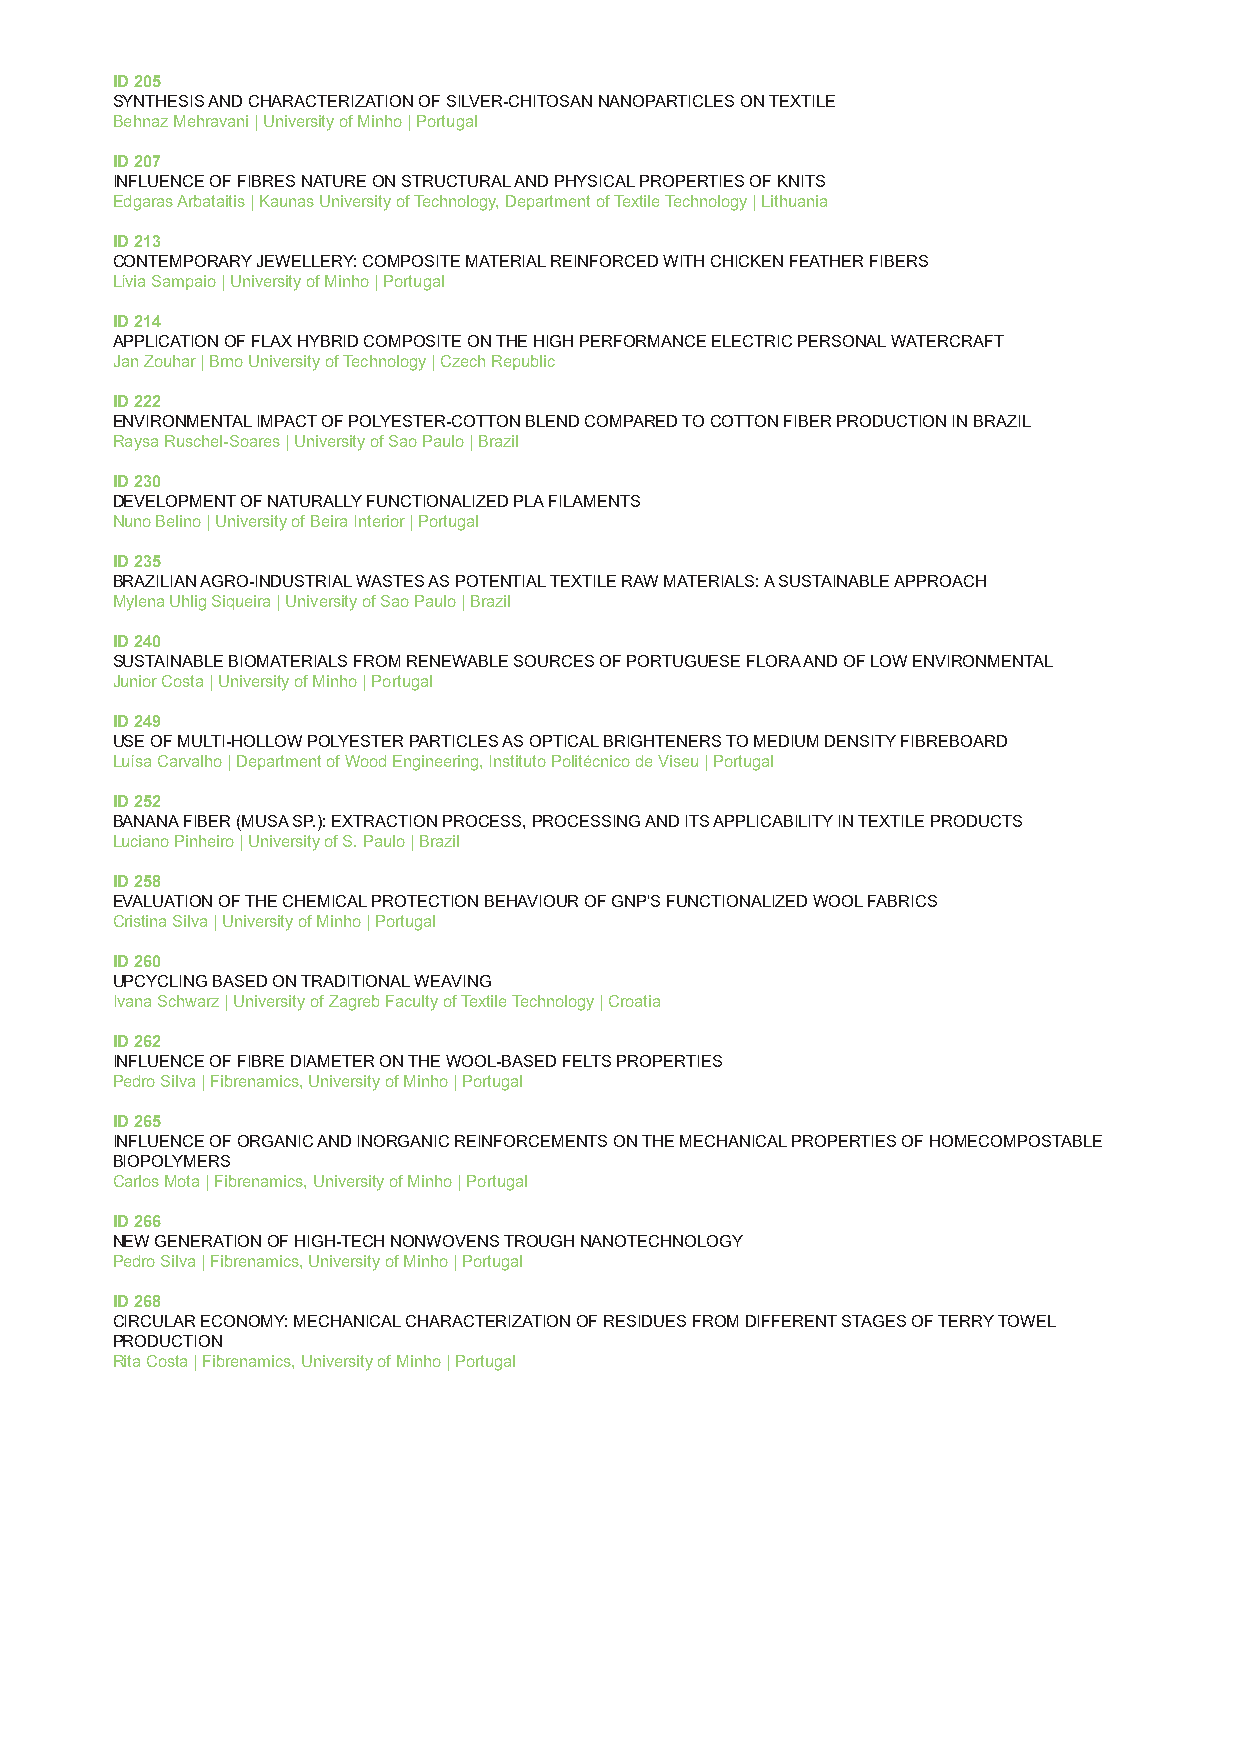
ID 205
 SYNTHESIS AND CHARACTERIZATION OF SILVER-CHITOSAN NANOPARTICLES ON TEXTILE
 Behnaz Mehravani | University of Minho | Portugal
 ID 207
 INFLUENCE OF FIBRES NATURE ON STRUCTURAL AND PHYSICAL PROPERTIES OF KNITS
 Edgaras Arbataitis | Kaunas University of Technology, Department of Textile Technology | Lithuania
 ID 213
 CONTEMPORARY JEWELLERY: COMPOSITE MATERIAL REINFORCED WITH CHICKEN FEATHER FIBERS
 Lívia Sampaio | University of Minho | Portugal
 ID 214
 APPLICATION OF FLAX HYBRID COMPOSITE ON THE HIGH PERFORMANCE ELECTRIC PERSONAL WATERCRAFT
 Jan Zouhar | Brno University of Technology | Czech Republic
 ID 222
 ENVIRONMENTAL IMPACT OF POLYESTER-COTTON BLEND COMPARED TO COTTON FIBER PRODUCTION IN BRAZIL
 Raysa Ruschel-Soares | University of Sao Paulo | Brazil
 ID 230
 DEVELOPMENT OF NATURALLY FUNCTIONALIZED PLA FILAMENTS
 Nuno Belino | University of Beira Interior | Portugal
 ID 235
 BRAZILIAN AGRO-INDUSTRIAL WASTES AS POTENTIAL TEXTILE RAW MATERIALS: A SUSTAINABLE APPROACH
 Mylena Uhlig Siqueira | University of Sao Paulo | Brazil
 ID 240
 SUSTAINABLE BIOMATERIALS FROM RENEWABLE SOURCES OF PORTUGUESE FLORA AND OF LOW ENVIRONMENTAL
 Junior Costa | University of Minho | Portugal
 ID 249
 USE OF MULTI-HOLLOW POLYESTER PARTICLES AS OPTICAL BRIGHTENERS TO MEDIUM DENSITY FIBREBOARD
 Luísa Carvalho | Department of Wood Engineering, Instituto Politécnico de Viseu | Portugal
 ID 252
 BANANA FIBER (MUSA SP.): EXTRACTION PROCESS, PROCESSING AND ITS APPLICABILITY IN TEXTILE PRODUCTS
 Luciano Pinheiro | University of S. Paulo | Brazil
 ID 258
 EVALUATION OF THE CHEMICAL PROTECTION BEHAVIOUR OF GNP'S FUNCTIONALIZED WOOL FABRICS
 Cristina Silva | University of Minho | Portugal
 ID 260
 UPCYCLING BASED ON TRADITIONAL WEAVING
 Ivana Schwarz | University of Zagreb Faculty of Textile Technology | Croatia
 ID 262
 INFLUENCE OF FIBRE DIAMETER ON THE WOOL-BASED FELTS PROPERTIES
 Pedro Silva | Fibrenamics, University of Minho | Portugal
 ID 265
 INFLUENCE OF ORGANIC AND INORGANIC REINFORCEMENTS ON THE MECHANICAL PROPERTIES OF HOMECOMPOSTABLE
 BIOPOLYMERS
 Carlos Mota | Fibrenamics, University of Minho | Portugal
 ID 266
 NEW GENERATION OF HIGH-TECH NONWOVENS TROUGH NANOTECHNOLOGY
 Pedro Silva | Fibrenamics, University of Minho | Portugal
 ID 268
 CIRCULAR ECONOMY: MECHANICAL CHARACTERIZATION OF RESIDUES FROM DIFFERENT STAGES OF TERRY TOWEL
 PRODUCTION
 Rita Costa | Fibrenamics, University of Minho | Portugal